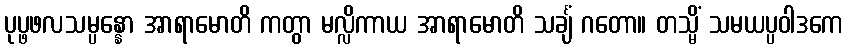
ပုပ္ဖဖလသမ္ပန္နော အာရာမောတိ ကတွာ မလ္လိကာယ အာရာမောတိ သင်္ချံ ဂတော။ တသ္မိံ သမယပ္ပဝါဒကေ